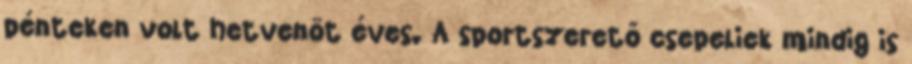
pénteken volt hetvenöt éves. A sportszerető csepeliek mindig is